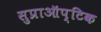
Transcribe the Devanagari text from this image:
सुप्राऑप्टिक